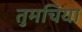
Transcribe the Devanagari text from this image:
तुमचिया